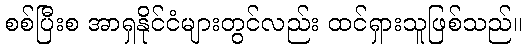
စစ်ပြီးစ အာရှနိုင်ငံများတွင်လည်း ထင်ရှားသူဖြစ်သည်။